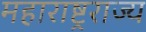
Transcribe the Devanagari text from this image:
महाराष्ट्रराज्य